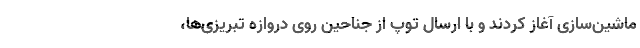
ماشین‌سازی آغاز کردند و با ارسال توپ از جناحین روی دروازه تبریزی‌ها،